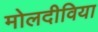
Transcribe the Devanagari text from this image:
मोलदीविया